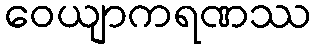
ဝေယျာကရဏဿ